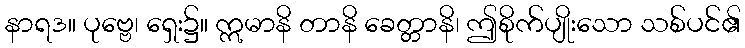
နာရဒ။ ပုဗ္ဗေ၊ ရှေး၌။ ဣမာနိ တာနိ ခေတ္တာနိ၊ ဤစိုက်ပျိုးသော သစ်ပင်၏